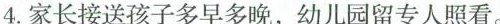
4.家长接送孩子多早多晚，幼儿园留专人照看。